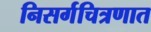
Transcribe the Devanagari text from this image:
निसर्गचित्रणात